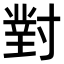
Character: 對